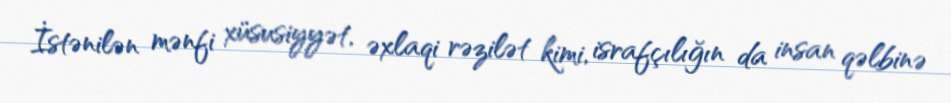
İstənilən mənfi xüsusiyyət, əxlaqi rəzilət kimi, israfçılığın da insan qəlbinə